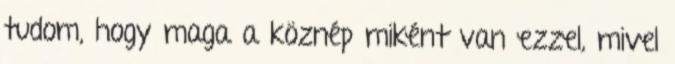
tudom, hogy maga a köznép miként van ezzel, mivel